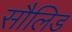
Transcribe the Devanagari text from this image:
सौलिड